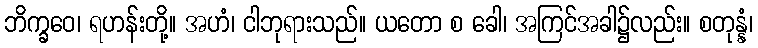
ဘိက္ခဝေ၊ ရဟန်းတို့။ အဟံ၊ ငါဘုရားသည်။ ယတော စ ခေါ၊ အကြင်အခါ၌လည်း။ စတုန္နံ၊